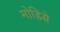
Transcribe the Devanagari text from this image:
मोडिसे